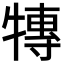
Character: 𭷰